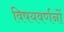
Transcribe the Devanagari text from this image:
विषयवर्णनों